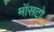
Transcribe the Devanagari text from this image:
मॉसटो